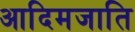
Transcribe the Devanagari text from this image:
आदिमजाति